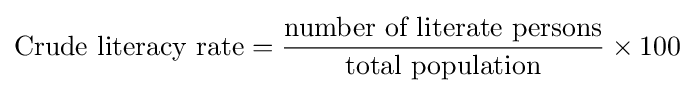
{\text{Crude literacy rate}}={\frac {\text{number of literate persons}}{\text{total population}}}\times 100